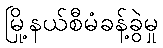
မြို့နယ်စီမံခန့်ခွဲမှု